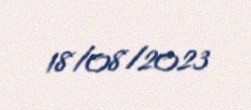
18/08/2023